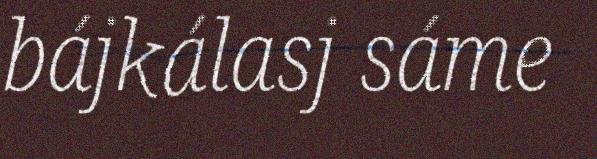
bájkálasj sáme